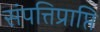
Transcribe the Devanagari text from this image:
संपत्तिप्राप्ति